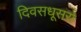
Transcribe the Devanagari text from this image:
दिवसधूसरो